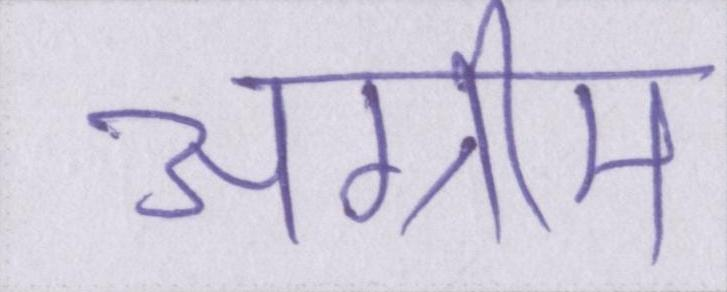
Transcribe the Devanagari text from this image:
अग्रीम